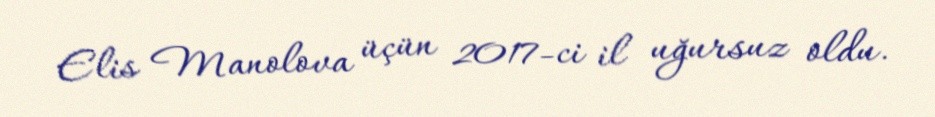
Elis Manolova üçün 2017-ci il uğursuz oldu.